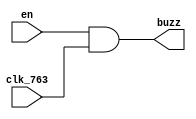
`timescale 1ns / 1ps

module buzz(
    input en,
    input clk_763,
    output buzz
    );

    assign buzz = en & clk_763;
    
endmodule